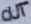
Text: OUT